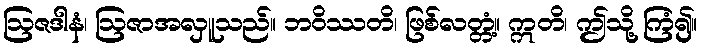
ဩဇဒါနံ၊ ဩဇာအလှူသည်။ ဘဝိဿတိ၊ ဖြစ်လတ္တံ့။ ဣတိ၊ ဤသို့ ကြံ၍။